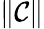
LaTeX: \| \mathcal C\|